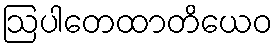
ဩပါတေထာတိယေဝ